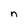
Character: n